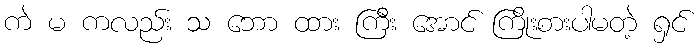
ကဲ မ ကလည်း သ ဘော ထား ကြီး အောင် ကြိုးစားပါမတဲ့ ရှင်